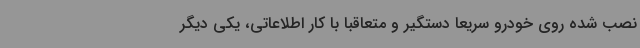
نصب شده روی خودرو سریعا دستگیر و متعاقبا با کار اطلاعاتی، یکی دیگر